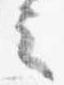
言